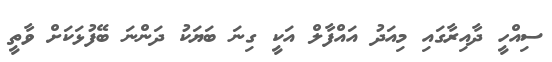
ސިއްހީ ދާއިރާގައި މިއަދު އައްފާލް އަކީ ގިނަ ބަޔަކު ދަންނަ ބޭފުޅަކަށް ވާތީ